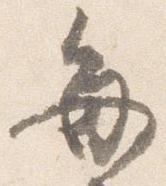
毎